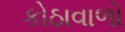
કોઠાવાળો